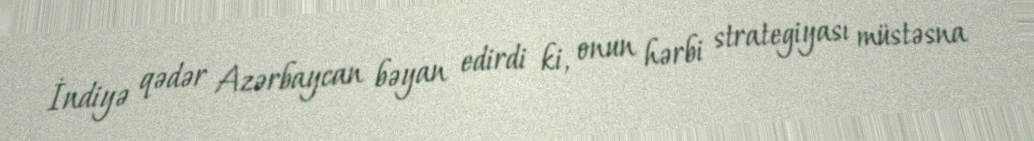
İndiyə qədər Azərbaycan bəyan edirdi ki, onun hərbi strategiyası müstəsna